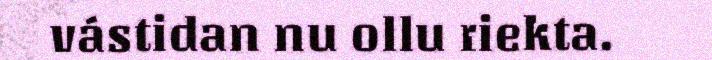
vástidan nu ollu riekta.